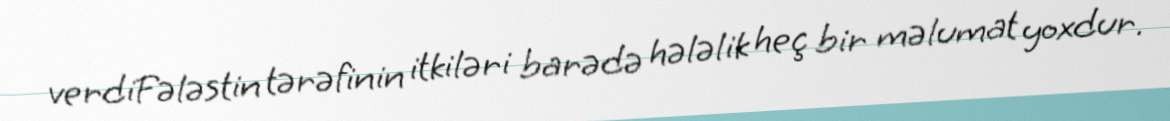
verdiFələstin tərəfinin itkiləri barədə hələlik heç bir məlumat yoxdur.